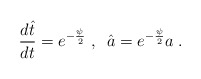
\begin{align*}\frac{d \hat{t}}{d t} = e^{- \frac{\psi}{2}} \; , \; \; \hat{a} = e^{- \frac{\psi}{2}} a \; .\end{align*}